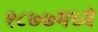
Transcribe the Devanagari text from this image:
१८७७मध्ये